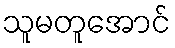
သူမတူအောင်